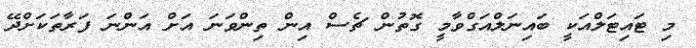
މި ޓައިޓަލްއަކީ ބައިނަލްއަގްވާމީ ގޮތުން ޗެސް އިން ތިންވަނަ އަށް އަންނަ ފަރާތަކަށްދޭ